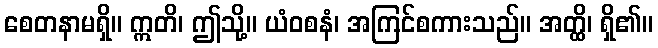
စေတနာမရှိ။ ဣတိ၊ ဤသို့။ ယံဝစနံ၊ အကြင်စကားသည်။ အတ္ထိ၊ ရှိ၏။